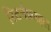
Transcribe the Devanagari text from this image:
रिटर्नफ़ाइल